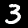
Label: 3